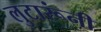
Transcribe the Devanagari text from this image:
लुटारूंनी